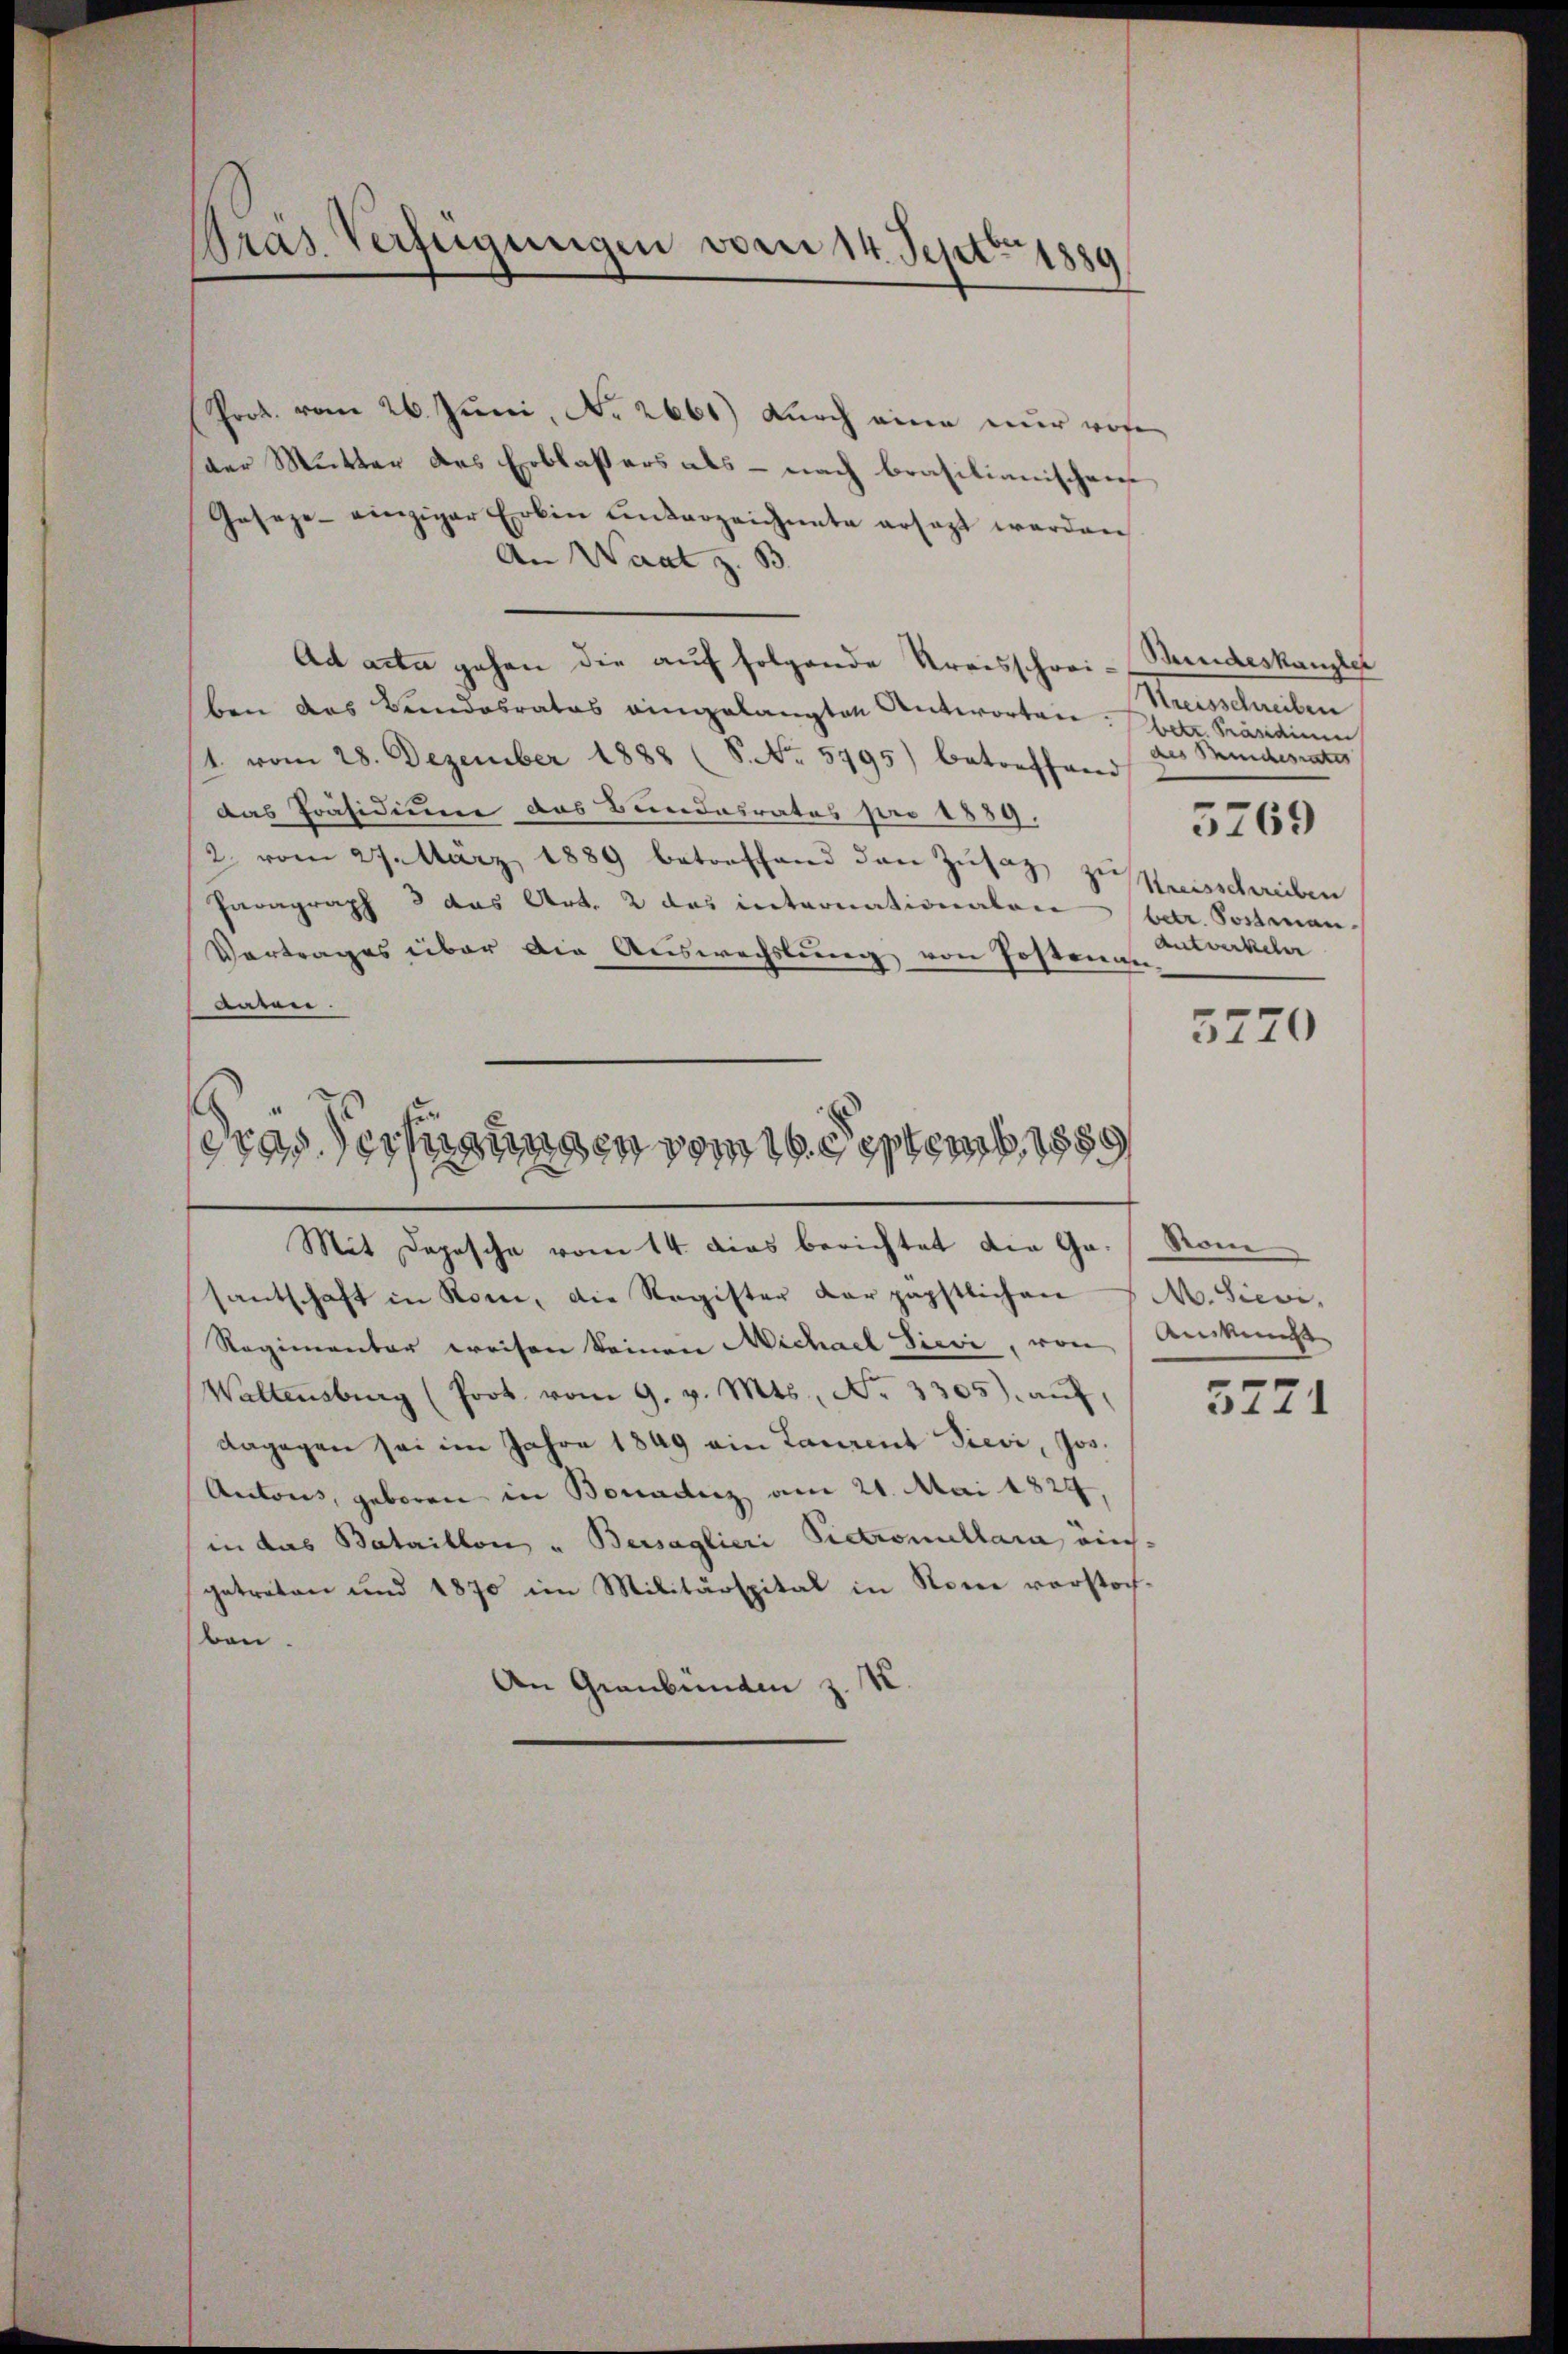
Pras Verfügungen vom 14. Sept. 1889

Prot. vom 26. Juni, No. 2661) Durch eine nur wohe
der Mutter des Erblasers als - nach brasilianischen
Geseze einziger Erben ŭnterzeichnete ersagt werden
An Waat z. B.
Ad acta gehen die auf folgende Kreisschrei- Bundeskanzlei
ben das Bundesrates eingelangten Antworten: betr. Präsidium
1. vom 28. Dezember 1888 (8. No. 5795) betreffend
Das Präsidium das Bundesrates pro 1839.
2 vom 27. März 1889 betreffend den Zŭsaz zu sanschreiben
Paragraph 8 das Art. 2 das internationalen betr. Postenan
Vertrages über die Auswechslung von Postenan
aaren.
ras Verfügungen vom 16. Septemb. 1855
Mit Depesche vom 14. dies berichtet die Gr. Rome
santschaft in Rom, die Register dar päpstlichen M. Sievi
Regimentar weisen keinen Michael Sievi, von Ansucht
Waltensburg (Prot. vom 9. v. Mts., No. 3305). aŭf
dagegen sei im Jahre 1849 ein Laurent Sievi, Jos.
Antons, geboren in Bonadiz am 21. Mai 1824,
in das Bataillon " Bersaglieri Pietroullaria ainsgetreten und 1870 im Militärspital in Rome vorstochben.
An Graubünden z. K.

Streisschreiben
des Mindesrates
5769
Antwerkeln

5770

5771